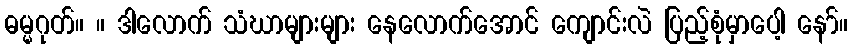
ဓမ္မဂုတ်။ ။ ဒါလောက် သံဃာများများ နေလောက်အောင် ကျောင်းလဲ ပြည့်စုံမှာပေါ့ နော်။